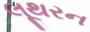
લૂથરન